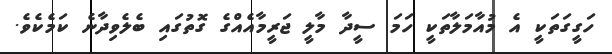
ހަގީގަތަކީ އެ މުއާމަލާތަކީ ހަމަ ސީދާ މާލީ ޖަރީމާއެއްގެ ގޮތުގައި ބެލެވިދާނެ ކަމެކެވެ.